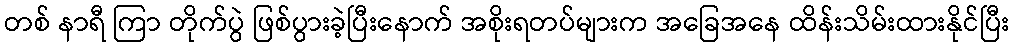
တစ် နာရီ ကြာ တိုက်ပွဲ ဖြစ်ပွားခဲ့ပြီးနောက် အစိုးရတပ်များက အခြေအနေ ထိန်းသိမ်းထားနိုင်ပြီး